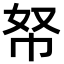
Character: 帑